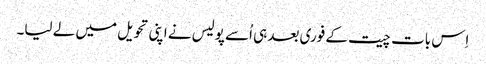
اِس بات چیت کے فوری بعد ہی اُسے پولیس نے اپنی تحویل میں لے لیا۔